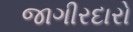
જાગીરદારો